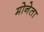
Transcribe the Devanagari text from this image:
मोनेता